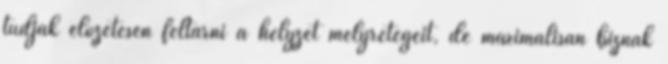
tudják előzetesen feltárni a helyzet mélyrétegeit, de maximálisan bíznak